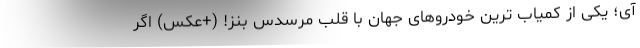
آی؛ یکی از کمیاب ترین خودروهای جهان با قلب مرسدس بنز! (+عکس) اگر